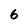
Character: 6